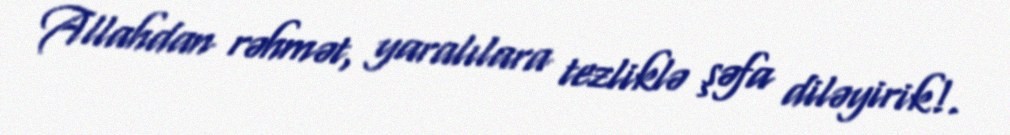
Allahdan rəhmət, yaralılara tezliklə şəfa diləyirik!.